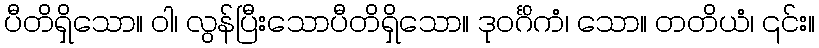
ပီတိရှိသော။ ဝါ၊ လွန်ပြီးသောပီတိရှိသော။ ဒုဝင်္ဂိကံ၊ သော။ တတိယံ၊ ၎င်း။